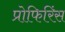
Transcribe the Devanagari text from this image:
प्रोफिरिंस